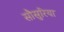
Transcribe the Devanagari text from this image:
सौसुरिया